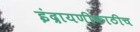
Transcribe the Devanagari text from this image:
इंद्रायणीकाठीच